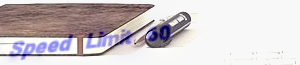
Speed Limit 60